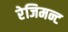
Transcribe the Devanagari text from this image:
रेजिमन्ट